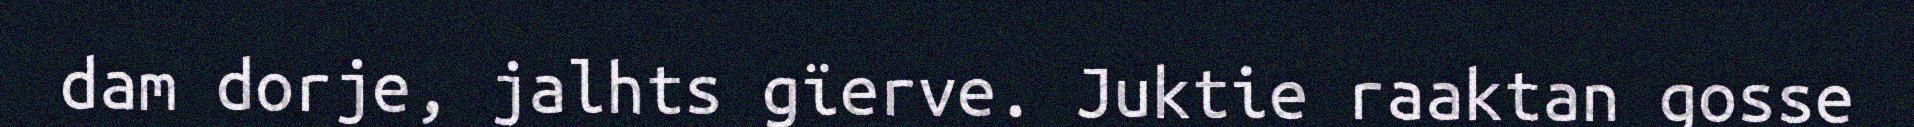
dam dorje, jalhts gïerve. Juktie raaktan gosse